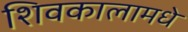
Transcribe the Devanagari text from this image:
शिवकालामधे